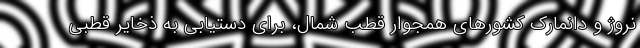
نروژ و دانمارک کشورهای همجوار قطب شمال، برای دستیابی به ذخایر قطبی